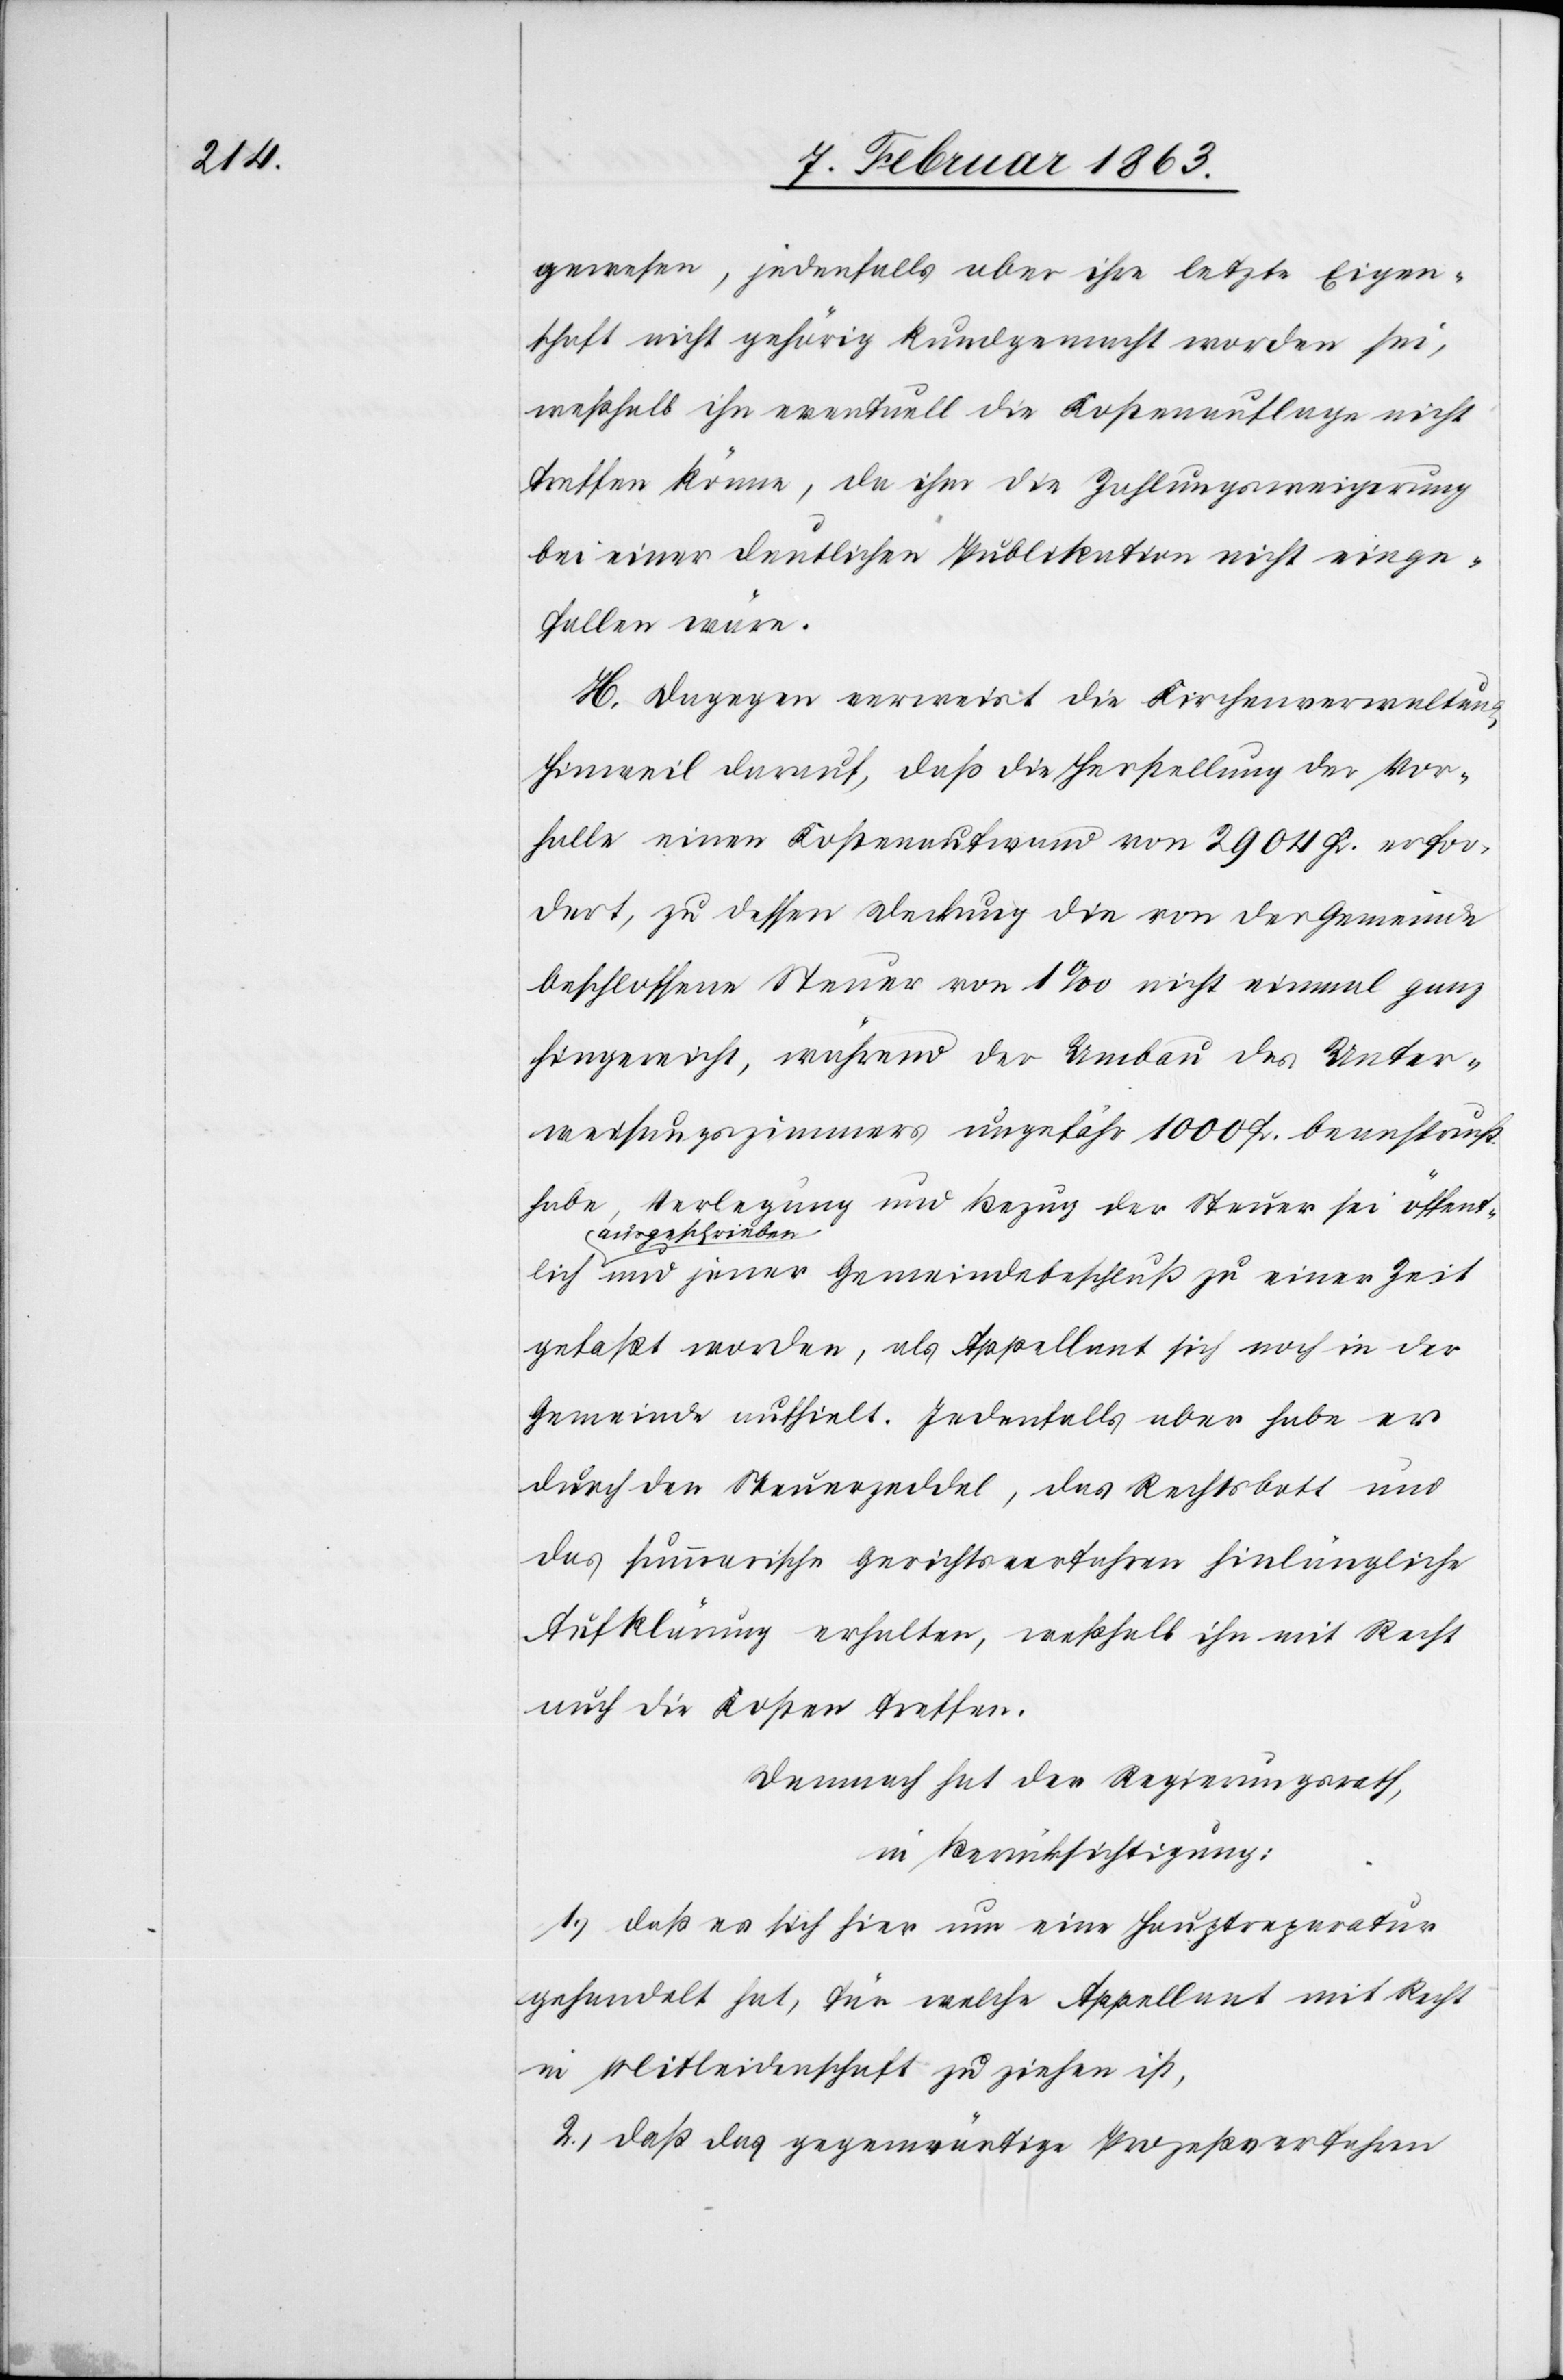
gewesen, jedenfalls aber ihre letzte Eigen¬
schaft nicht gehörig kundgemacht worden sei,
weßhalb ihn eventuell die Kostenauflage nicht
treffen könne, da ihm die Zahlungsweigerung
bei einer deutlichen Publikation nicht einge¬
fallen wäre.
H. Dagegen verweist die Kirchenverwaltung
Hinweil darauf, daß die Herstellung der Vor¬
halle einen Kostenaufwand von 2904 Fr. erfor¬
dert, zu dessen Deckung die von der Gemeinde
beschlossene Steuer von 1‰ nicht einmal ganz
hingereicht, während der Umbau des Unter¬
weisungszimmers ungefähr 1000 Fr. beansprucht
habe, Verlegung und Bezug der Steuer sei öffentlich
a-ausgeschrieben-a
und jener Gemeindebeschluß zu einer Zeit
gefaßt worden, als Appellant sich noch in der
Gemeinde aufhielt. Jedenfalls aber habe er
durch den Steuerzeddel, das Rechtsbott und
das summarische Gerichtsverfahren hinlängliche
Aufklärung erhalten, weßhalb ihn mit Recht
auch die Kosten treffen.
Demnach hat der Regierungsrath,
in Berücksichtigung:
1.) daß es sich hier um eine Hauptreparatur
gehandelt hat, für welche Appellant mit Recht
in Mitleidenschaft zu ziehen ist,
2.) daß das gegenwärtige Prozeßverfahren